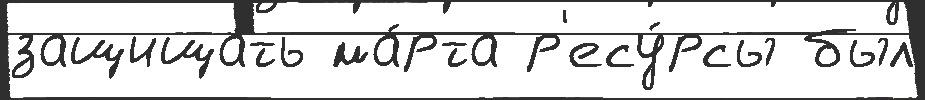
защища́ть ма́рта р'есу́рсы был